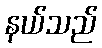
နယ်သည်